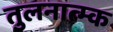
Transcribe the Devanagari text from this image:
तुलनात्म्क